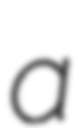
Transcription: a